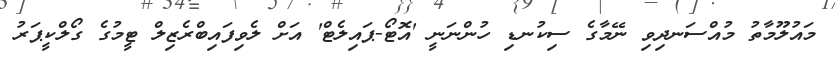
މައުލޫމާތު މުއްސަނދިވި ނޭމާގެ ސިކުނޑި ހުންނަނީ 'އޮޓޯ-ޕައިލެޓް' އަށް ލެވިފައިބްރެޒިލް ޓީމުގެ ގޯލްކީޕަރު